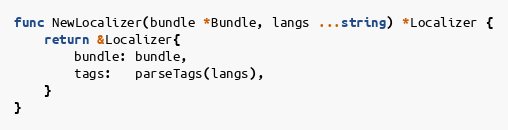
Language: Go
func NewLocalizer(bundle *Bundle, langs ...string) *Localizer {
	return &Localizer{
		bundle: bundle,
		tags:   parseTags(langs),
	}
}